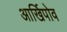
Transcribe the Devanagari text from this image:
आर्खिपोव